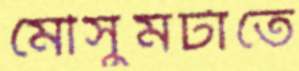
মৌসুমটাতে